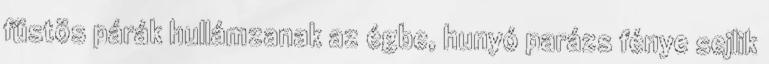
füstös párák hullámzanak az égbe, hunyó parázs fénye sejlik